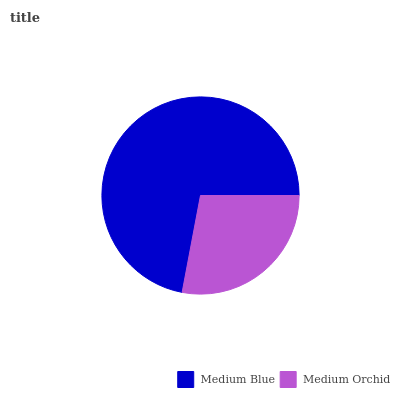
| Medium Blue | Medium Orchid |
 | --- | --- |
 | 72% | 28% |